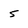
Character: 5